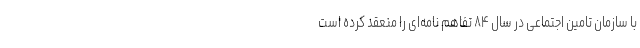
با سازمان تامین اجتماعی در سال ۸۴ تفاهم نامه‌ای را منعقد کرده است